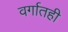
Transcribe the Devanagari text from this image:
वर्गातही